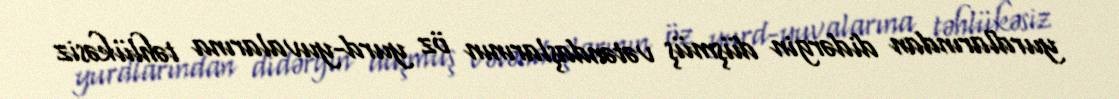
yurdlarından didərgin düşmüş vətəndaşlarının öz yurd-yuvalarına təhlükəsiz